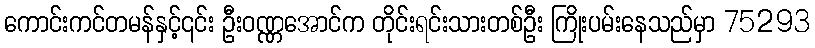
ကောင်းကင်တမန်နှင့်၎င်း ဦးဝဏ္ဏအောင်က တိုင်းရင်းသားတစ်ဦး ကြိုးပမ်းနေသည်မှာ 75293